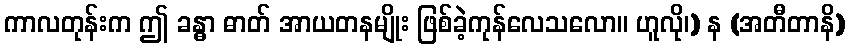
ကာလတုန်းက ဤ ခန္ဓာ ဓာတ် အာယတနမျိုး ဖြစ်ခဲ့ကုန်လေသလော။ ဟူလို၊) န (အတီတာနိ)